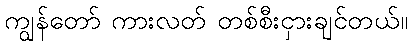
ကျွန်တော် ကားလတ် တစ်စီးငှားချင်တယ်။